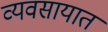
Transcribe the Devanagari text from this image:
व्‍यवसायात